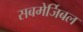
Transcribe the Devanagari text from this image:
सबमेर्जिबल